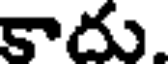
కాదు.